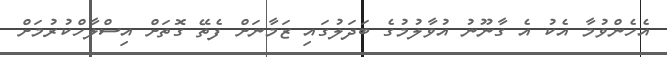
އެހެންވުމާ އެކު އެ ގާނޫނު އުވާލުމުގެ ބަދަލުގައި ޒަމާނަށް ފެތޭ ގޮތަށް އިސްލާހްކުރުމަށް